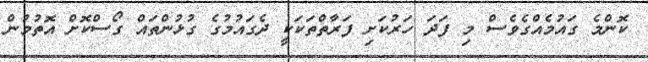
ކޮންމެ ގައުމެއްގެވެސް މި ފަދަ ހަރުކަށި ފަރާތްތަކަކީ ދެގައުމުގެ ގުޅުންތައް ގޯސްކޮށް އޮތުމުން